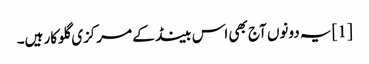
[1] یہ دونوں آج بھی اس بینڈ کے مرکزی گلوکار ہیں۔